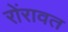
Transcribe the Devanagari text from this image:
रोंरावत